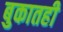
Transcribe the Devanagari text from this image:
बुकातही